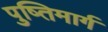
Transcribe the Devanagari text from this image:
पुष्तिमार्ग